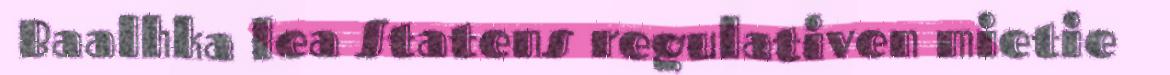
Baalhka lea Statens regulativen mietie